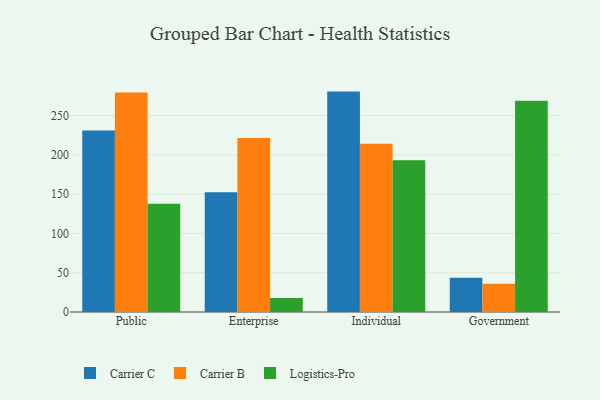
{"axis": {"x": "Segment", "y": "Inventory Turnover"}, "legend": ["Carrier B", "Carrier C", "Logistics-Pro"], "data": [{"x": "Public", "y": 231.1, "type": "Carrier C"}, {"x": "Public", "y": 279.3, "type": "Carrier B"}, {"x": "Public", "y": 137.9, "type": "Logistics-Pro"}, {"x": "Enterprise", "y": 152.5, "type": "Carrier C"}, {"x": "Enterprise", "y": 221.6, "type": "Carrier B"}, {"x": "Enterprise", "y": 17.8, "type": "Logistics-Pro"}, {"x": "Individual", "y": 280.5, "type": "Carrier C"}, {"x": "Individual", "y": 214.0, "type": "Carrier B"}, {"x": "Individual", "y": 193.0, "type": "Logistics-Pro"}, {"x": "Government", "y": 43.7, "type": "Carrier C"}, {"x": "Government", "y": 35.9, "type": "Carrier B"}, {"x": "Government", "y": 268.8, "type": "Logistics-Pro"}]}